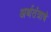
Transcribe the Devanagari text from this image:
अर्थतंत्राचे